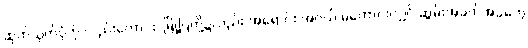
ဆုတ်ယုတ်ပုံကို လည်းကောင်း၊ မြို့ပြတို့၌လည်း အရောင်း အဝယ် မကောင်းလျှင် ဆွမ်းအခက်အခဲတွေ